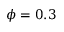
\phi = 0 . 3